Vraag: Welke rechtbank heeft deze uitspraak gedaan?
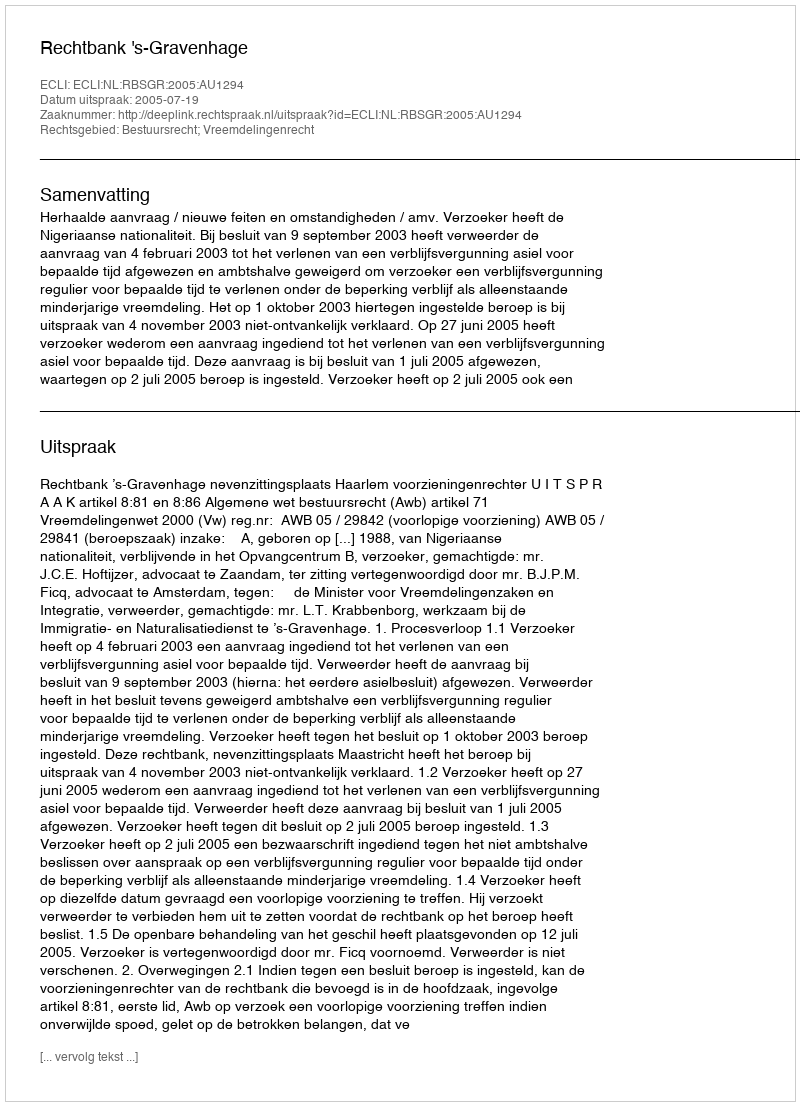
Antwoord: Rechtbank 's-Gravenhage